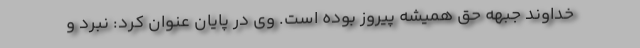
خداوند جبهه حق همیشه پیروز بوده است. وی در پایان عنوان کرد: نبرد و